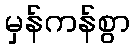
မှန်ကန်စွာ